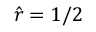
\hat { r } = 1 / 2